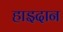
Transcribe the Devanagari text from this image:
हाइदान